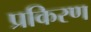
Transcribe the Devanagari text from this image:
प्रकिरण